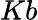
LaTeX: Kb